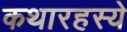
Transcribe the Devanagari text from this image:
कथारहस्ये